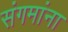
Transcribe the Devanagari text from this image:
संगमांना